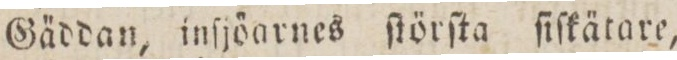
Gäddan, inſjöarnes ſtörſta ſiſkätare,